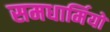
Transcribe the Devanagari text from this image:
समधार्मियों